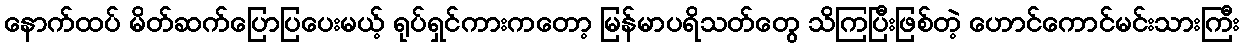
နောက်ထပ် မိတ်ဆက်ပြောပြပေးမယ့် ရုပ်ရှင်ကားကတော့ မြန်မာပရိသတ်တွေ သိကြပြီးဖြစ်တဲ့ ဟောင်ကောင်မင်းသားကြီး